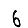
Digit: 6